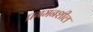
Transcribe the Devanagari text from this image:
प्रगमनशील